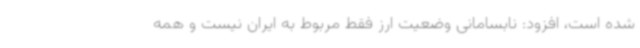
شده است، افزود: نابسامانی وضعیت ارز فقط مربوط به ایران نیست و همه